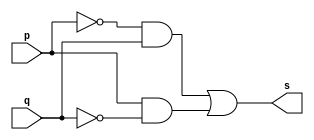
//	Arquitetura de computador
//	guia 01 - exercicio 01
//	Nome: Paulo Henrique de Almeida Amorim

//	-- x or gate

module xorgate (s, p, q);
	output s;//saida
	input p, q;//entradas

assign s = (((~p) & q) | (p & (~q))); //fazendo a tabela xor de outro modo

endmodule // fim do modulo xorgate

//	-- test x or gate

module testxorgate;
	reg a, b;
	wire s;

//instancia
xorgate XOR2(s, a, b);

//parte principal
initial begin
	$display("Exemplo 01_04 - Paulo Henrique - 412765");
	$display("Teste XOR gate outro jeito");
	$display("\n(a ^ b) = s\n");
	a = 0; b = 0;
#1  $display("(%b ^ %b) = %b", a, b, s);
	a = 1; b = 0;
#1  $display("(%b ^ %b) = %b", a, b, s);
	a = 0; b = 1;
#1  $display("(%b ^ %b) = %b", a, b, s);
	a = 1; b = 1;
#1  $display("(%b ^ %b) = %b", a, b, s);
end

endmodule // testxorgate